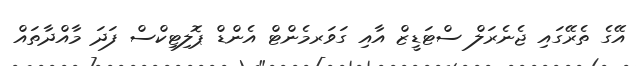
އޭގެ ތެރޭގައި ޖެނެރަލް ސްޓަޑީޒް އާއި ގަވަރމެންޓް އެންޑް ޕޮލިޓިކްސް ފަދަ މާއްދާތައް